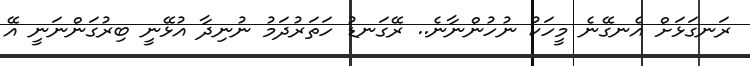
ރަނގަޅަށް އެނގޭނެ މީހަކު ނުހުންނާނެ.. ރޭގަނޑު ހަތަރުދަމު ނުނިދާ އުޅޭނީ ބިރުގަންނަނީ އޭ